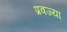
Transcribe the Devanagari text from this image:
प्रवज्या